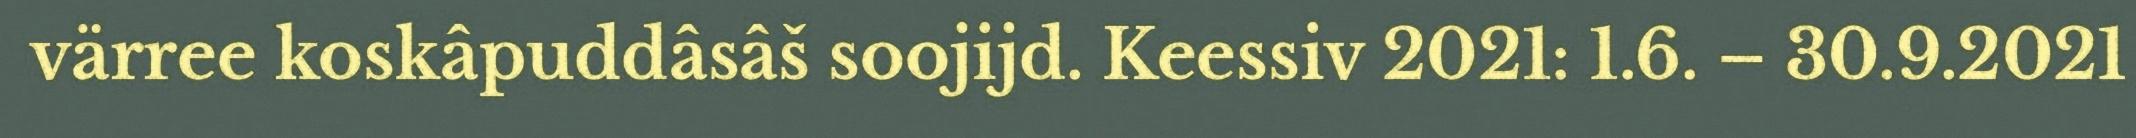
värree koskâpuddâsâš soojijd. Keessiv 2021: 1.6. – 30.9.2021